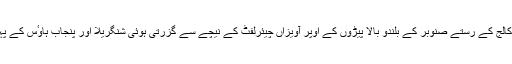
یہی سڑک دائیں ہاتھ مڑتی ہوئی لارنس کالج کے رستے صنوبر کے بلندو بالا پیڑوں کے اوپر آویزاں چیئرلفٹ کے نیچے سے گزرتی ہوئی شنگریلا اور پنجاب ہاوٴس کے پہلو سے آگے نکل کر مال سے آملتی ہے۔